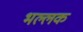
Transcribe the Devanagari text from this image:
भल्लक